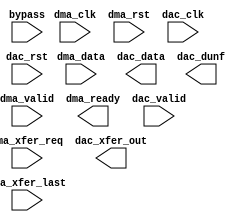
module ad9144_fifo (
		input  wire         dma_clk,       //       if_dma_clk.clk
		input  wire         dma_rst,       //       if_dma_rst.reset
		input  wire         dma_valid,     //     if_dma_valid.valid
		input  wire [127:0] dma_data,      //      if_dma_data.data
		output wire         dma_ready,     //     if_dma_ready.ready
		input  wire         dma_xfer_req,  //  if_dma_xfer_req.xfer_req
		input  wire         dma_xfer_last, // if_dma_xfer_last.last
		input  wire         dac_clk,       //       if_dac_clk.clk
		input  wire         dac_rst,       //       if_dac_rst.reset
		input  wire         dac_valid,     //     if_dac_valid.valid
		output wire [127:0] dac_data,      //      if_dac_data.data
		output wire         dac_xfer_out,  //  if_dac_xfer_out.xfer_req
		output wire         dac_dunf,      //      if_dac_dunf.unf
		input  wire         bypass         //        if_bypass.bypass
	);
endmodule